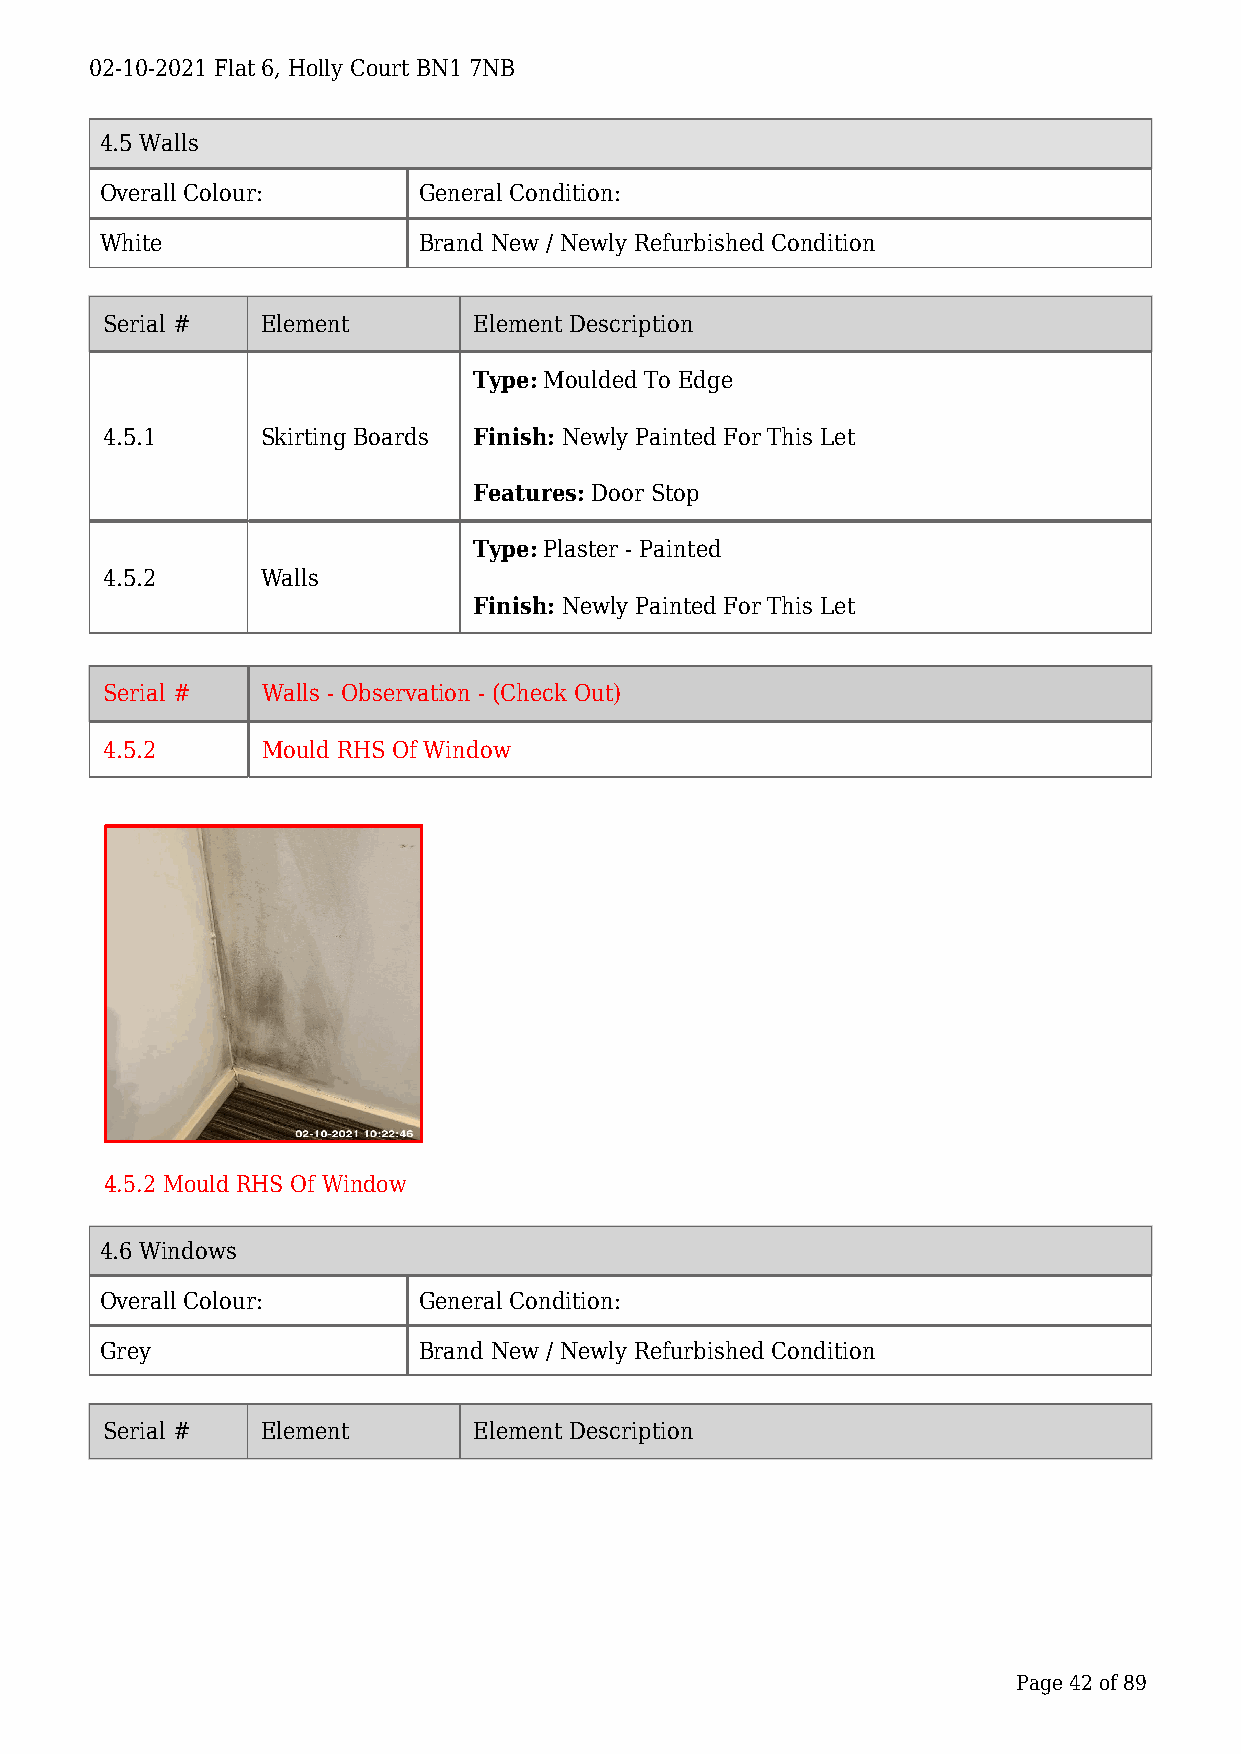
02-10-2021 Flat 6, Holly Court BN1 7NB
 4.5 Walls
 Overall Colour:      General Condition:
 White                Brand New / Newly Refurbished Condition
 Serial #  Element       Element Description
 Type: Moulded To Edge
 4.5.1     Skirting Boards Finish: Newly Painted For This Let
 Features: Door Stop
 Type: Plaster - Painted
 4.5.2     Walls
 Finish: Newly Painted For This Let
 Serial #  Walls - Observation - (Check Out)
 4.5.2     Mould RHS Of Window
 4.5.2 Mould RHS Of Window
 4.6 Windows
 Overall Colour:      General Condition:
 Grey                 Brand New / Newly Refurbished Condition
 Serial #  Element       Element Description
 Page 42 of 89